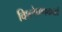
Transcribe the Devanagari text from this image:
विश्लेषणकर्त्ता